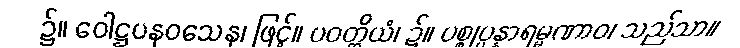
၌။ ဝေါဋ္ဌပနဝသေန၊ ဖြင့်။ ပဝတ္တိယံ၊ ၌။ ပစ္စုပ္ပန္နာရမ္မဏာဝ၊ သည်သာ။